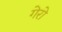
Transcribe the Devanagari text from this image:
गेरो